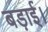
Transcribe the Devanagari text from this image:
बड़ाई।